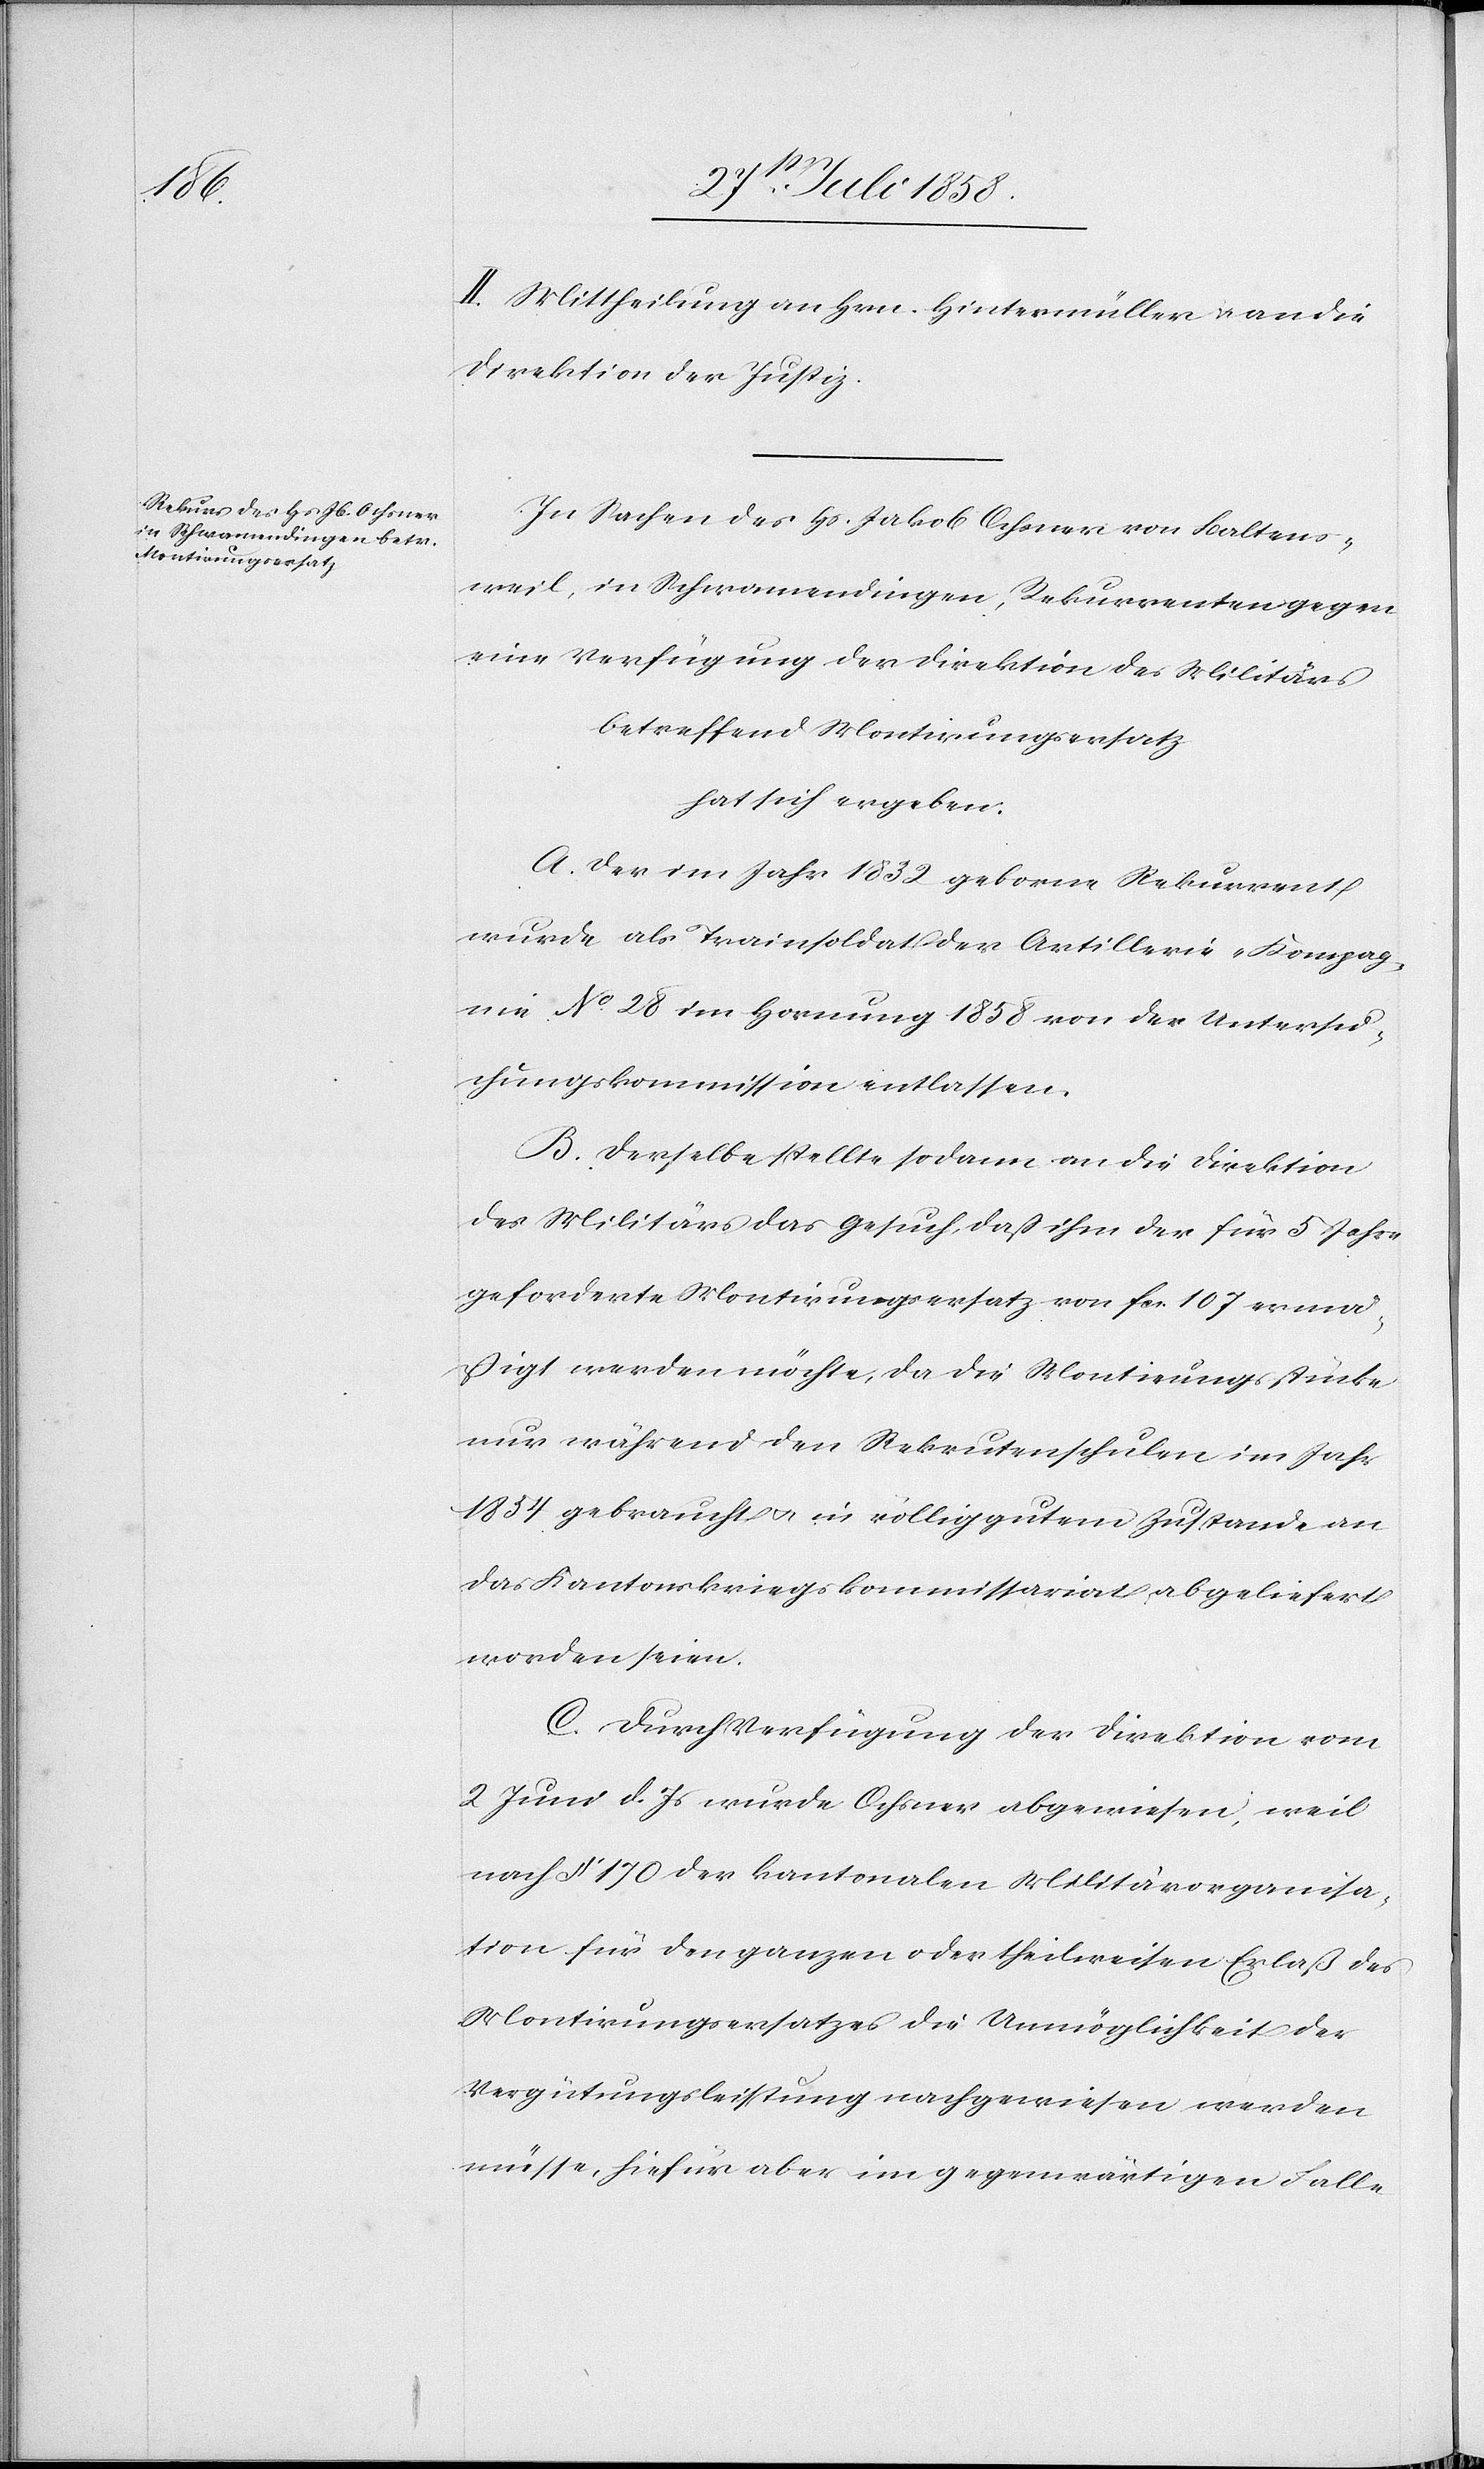
II. Mittheilung an Hrn. Hintermüller & an die
Direktion der Justiz.
In Sachen des Hs. Jakob Ochsner von Baltens¬
weil, in Schwamendingen, Rekurrenten gegen
eine Verfügung der Direktion des Militärs
betreffend Montirungsersatz
hat sich ergeben:
A. Der im Jahr 1832 geborne Rekurrent
wurde als Trainsoldat der Artillerie-Kompag¬
nie No. 28 im Hornung 1858 von der Untersu¬
chungskommission entlassen.
B. Derselbe stellte sodann an die Direktion
des Militärs das Gesuch, daß ihm der für 5 Jahre
geforderte Montirungsersatz von fcs. 107 ermä¬
ßigt werden möchte, da die Montirungsstücke
nur während den Rekrutenschulen im Jahr
1854 gebraucht & in völlig gutem Zustande an
das Kantonskriegskommissariat abgeliefert
worden seien.
C. Durch Verfügung der Direktion vom
2 Juni d. Js wurde Ochsner abgewiesen, weil
nach § 170 der kantonalen Militärorganisa¬
tion für den ganzen oder theilweisen Erlaß des
Montirungsersatzes die Unmöglichkeit der
Vergütungsleistung nachgewiesen werden
müsse, hiefür aber im gegenwärtigen Falle